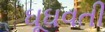
ઘૂઘવતી